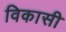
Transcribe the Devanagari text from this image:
विकासी